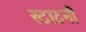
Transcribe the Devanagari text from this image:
स्टाटनी